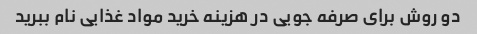
دو روش برای صرفه جویی در هزینه خرید مواد غذایی نام ببرید